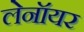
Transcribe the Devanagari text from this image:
लेनॉयर